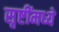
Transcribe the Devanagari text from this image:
सृष्टींमध्ये